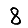
Digit: 8